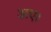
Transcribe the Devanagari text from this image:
अए।